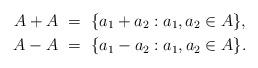
LaTeX: \begin{align*} A+A &\ =\ \{a_1 + a_2 : a_1, a_2 \in A\}, \\A-A &\ =\ \{a_1 - a_2 : a_1, a_2 \in A\}.\end{align*}